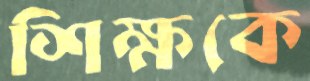
শিক্ষকে